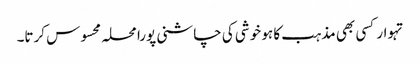
تہوار کسی بھی مذہب کا ہو خوشی کی چاشنی پورا محلہ محسوس کرتا۔